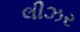
લીઝર